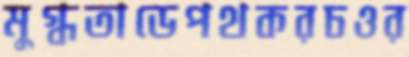
মুগ্ধতাডেপথকরচওর